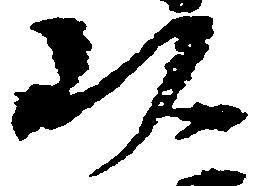
以